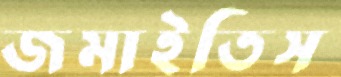
জমাইতিস